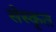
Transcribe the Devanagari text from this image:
सेस्कृत